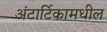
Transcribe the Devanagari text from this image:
अंटार्टिकामधील